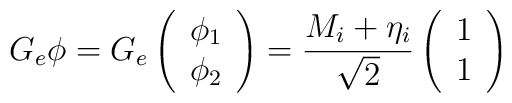
G_{e}\phi =G_{e}\left( \begin{array}{c}\phi _{1} \\ \phi _{2}\end{array}\right) =\frac{M_{i}+\eta _{i}}{\sqrt{2}}\left( \begin{array}{c}1 \\ 1\end{array}\right)